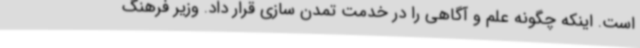
است. اینکه چگونه علم و آگاهی را در خدمت تمدن سازی قرار داد. وزیر فرهنگ